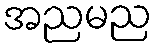
အညမည